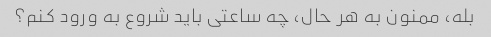
بله، ممنون به هر حال، چه ساعتی باید شروع به ورود کنم؟